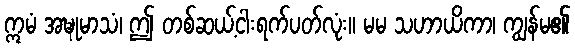
ဣမံ အဍ္ဎုမာသံ၊ ဤ တစ်ဆယ့်ငါးရက်ပတ်လုံး။ မမ သဟာယိကာ၊ ကျွန်မ၏